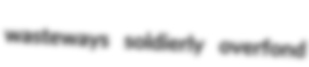
wasteways soldierly overfond